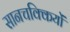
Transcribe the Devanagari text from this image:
सानचक्कियों